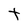
Character: t